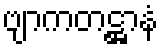
ဗျာကတဋ္ဌာနံ